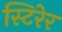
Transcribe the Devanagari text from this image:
स्टिरेर